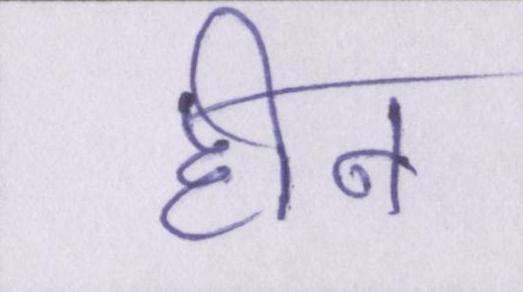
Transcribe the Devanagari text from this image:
हीन